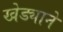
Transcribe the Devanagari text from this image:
खेड्याने